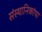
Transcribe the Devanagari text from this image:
संस्थानिकांचा